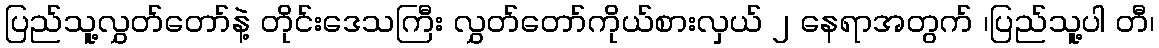
ပြည်သူ့လွှတ်တော်နဲ့ တိုင်းဒေသကြီး လွှတ်တော်ကိုယ်စားလှယ် ၂ နေရာအတွက် ၊ပြည်သူ့ပါ တီ၊